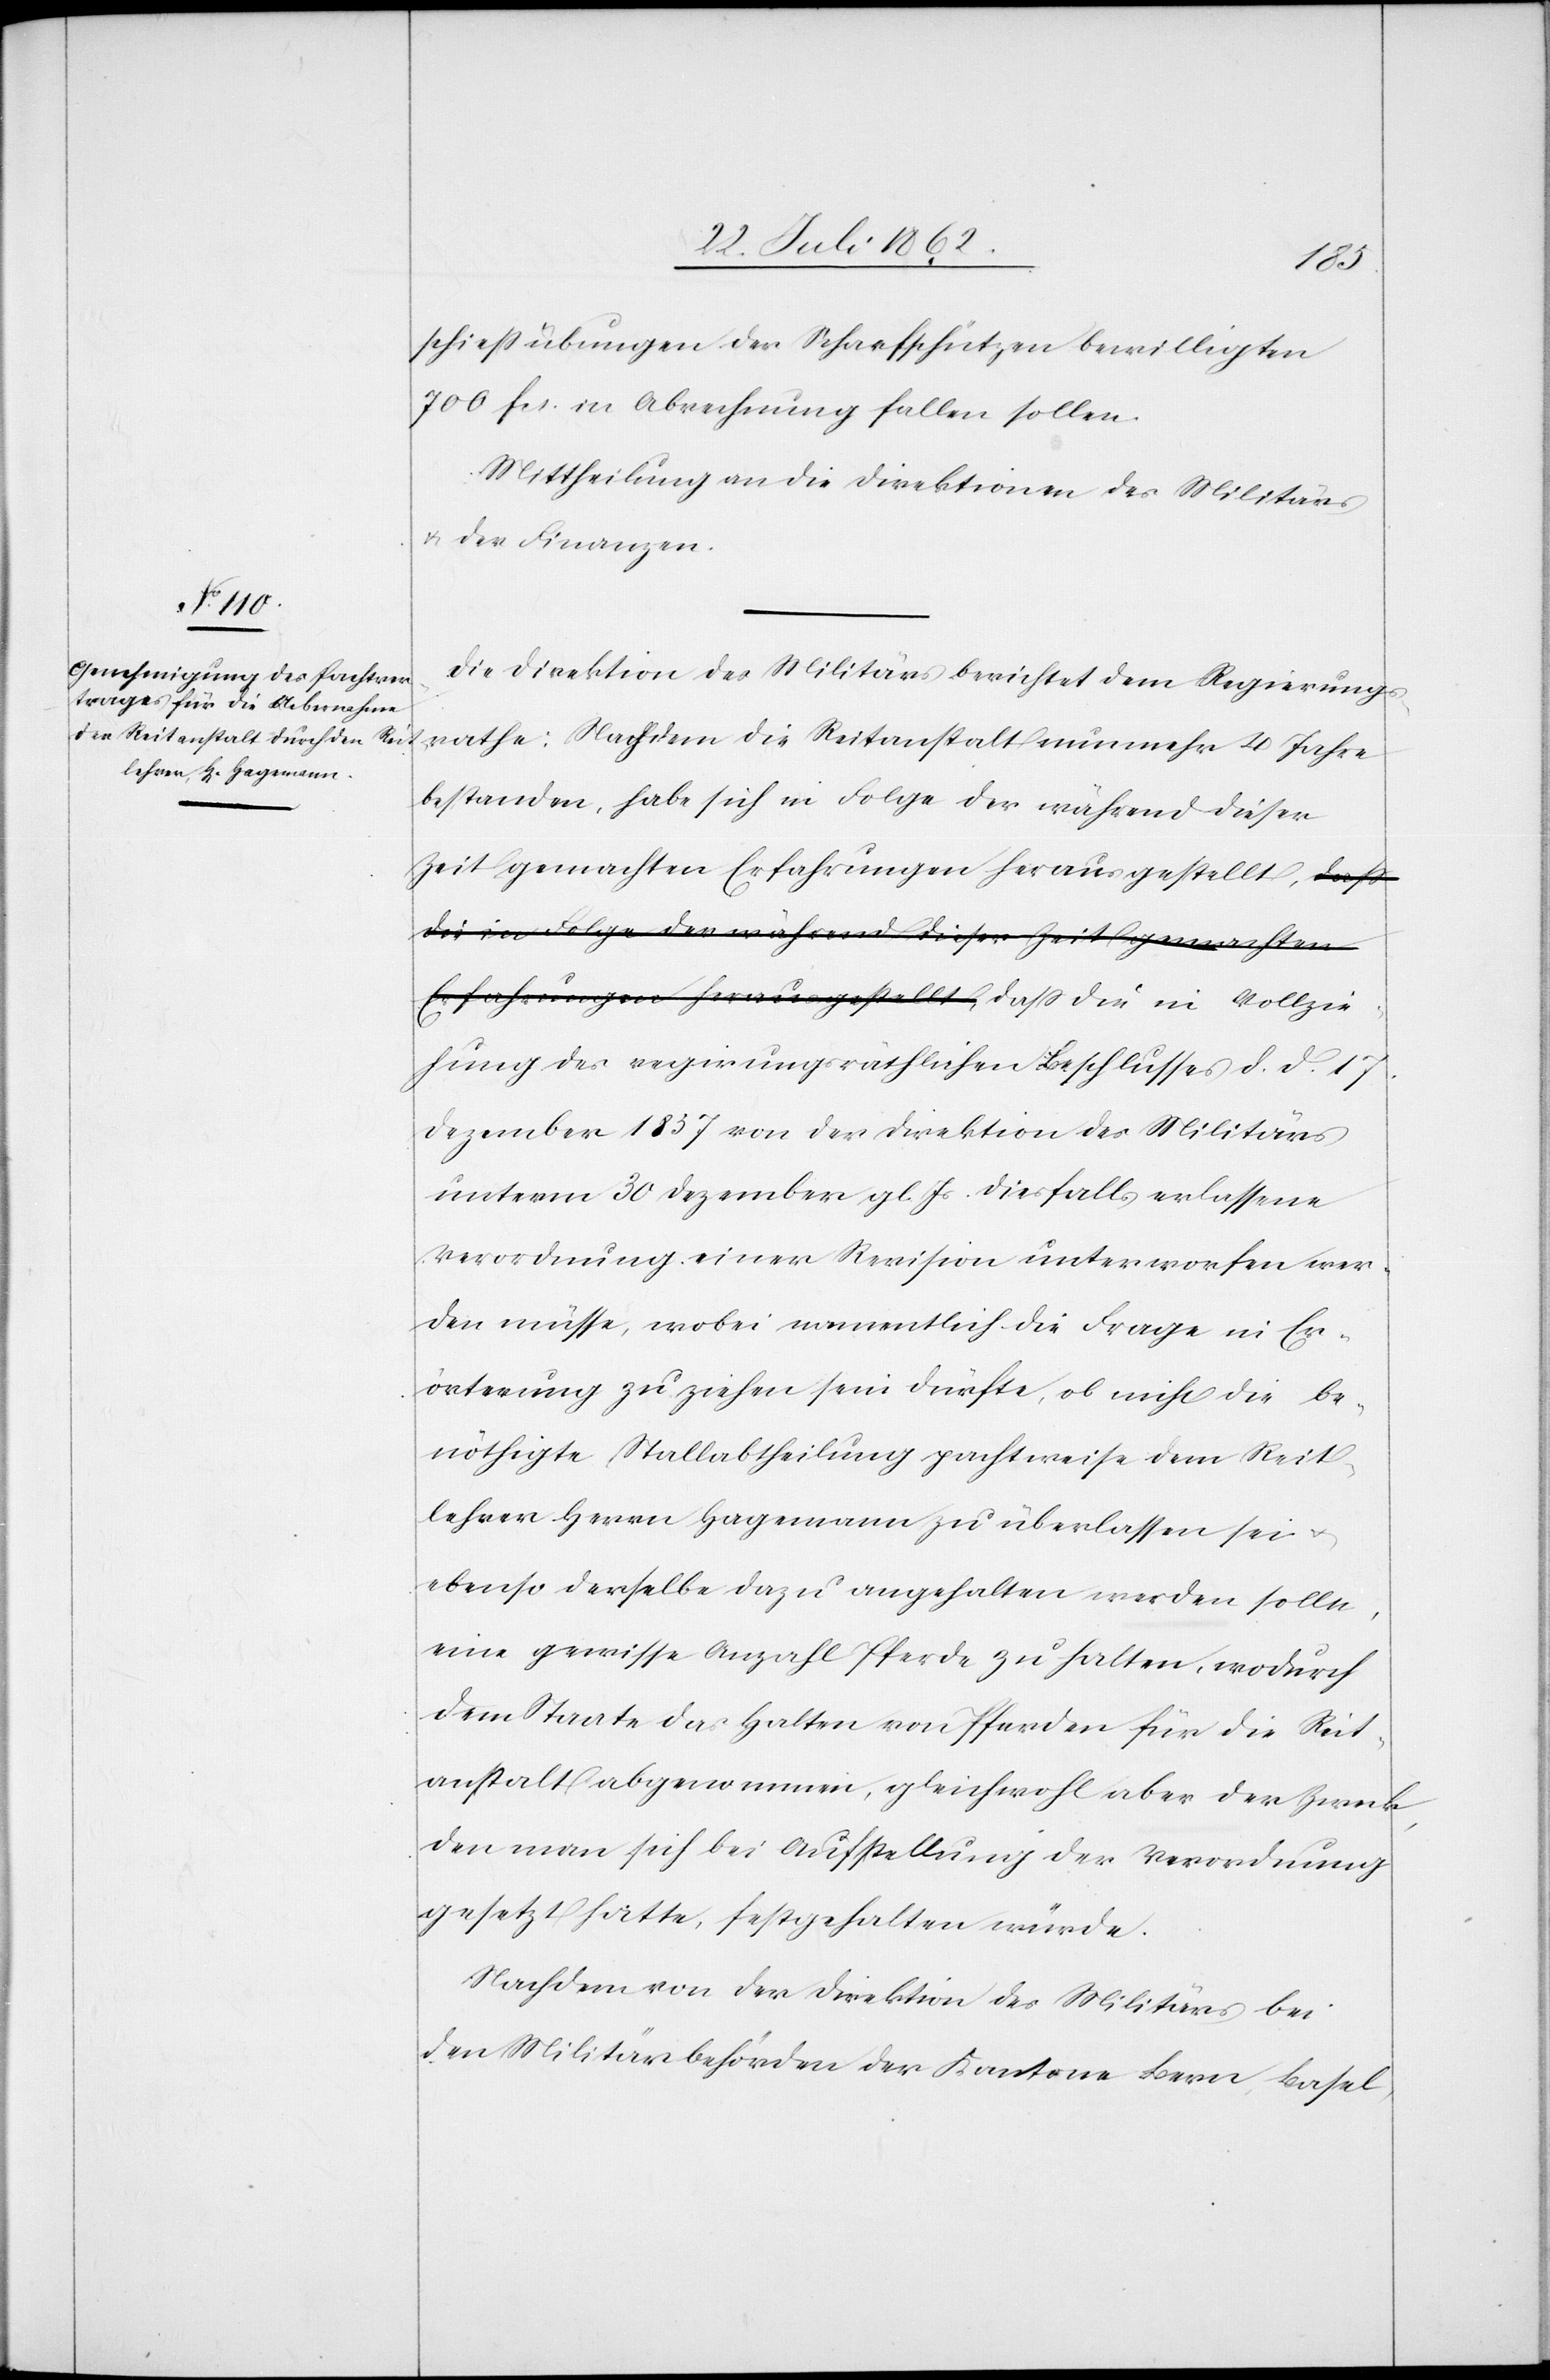
lzie¬
schießübungen der Scharfschützen bewilligten
700 fcs. in Abrechnung fallen sollen.
Mittheilung an die Direktionen des Militärs
u. der Finanzen.
Die Direktion des Militärs berichtet dem Regierungs¬
rathe: Nachdem die Reitanstalt nunmehr 4 Jahre
bestanden, habe sich in Folge der während dieser
Zeit gemachten Erfahrungen herausgestellt, daß
hung des regierungsräthlichen Beschlusses d. d. 17.
Dezember 1857 von der Direktion des Militärs
unterm 30. Dezember gl. Js. diesfalls erlassene
Verordnung einer Revision unterworfen wer¬
den müsse, wobei namentlich die Frage in Er¬
örterung zu ziehen sein dürfte, ob nicht die be¬
nöthigte Stallabtheilung pachtweise dem Reit¬
lehrer Herrn Hagemann zu überlassen sei u.
ebenso derselbe dazu angehalten werden sollte,
eine gewisse Anzahl Pferde zu halten, wodurch
dem Staate das Halten von Pferden für die Reit¬
anstalt abgenommen, gleichwohl aber der Zweck,
den man sich bei Aufstellung der Verordnung
gesetzt hatte, festgehalten würde.
Nachdem von der Direktion des Militärs bei
den Militärbehörden der Kantone Bern, Basel,